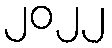
၂၀၂၂